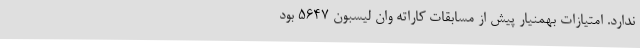
ندارد. امتیازات بهمنیار پیش از مسابقات کاراته وان لیسبون ۵۶۴۷ بود